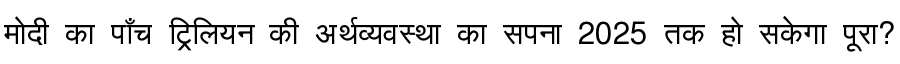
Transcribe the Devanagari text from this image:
मोदी का पाँच ट्रिलियन की अर्थव्यवस्था का सपना 2025 तक हो सकेगा पूरा?